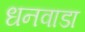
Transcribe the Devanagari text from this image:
धनवाडा